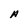
Character: A